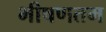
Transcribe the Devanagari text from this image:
भीषणतम